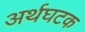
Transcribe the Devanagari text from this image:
अर्थघटक